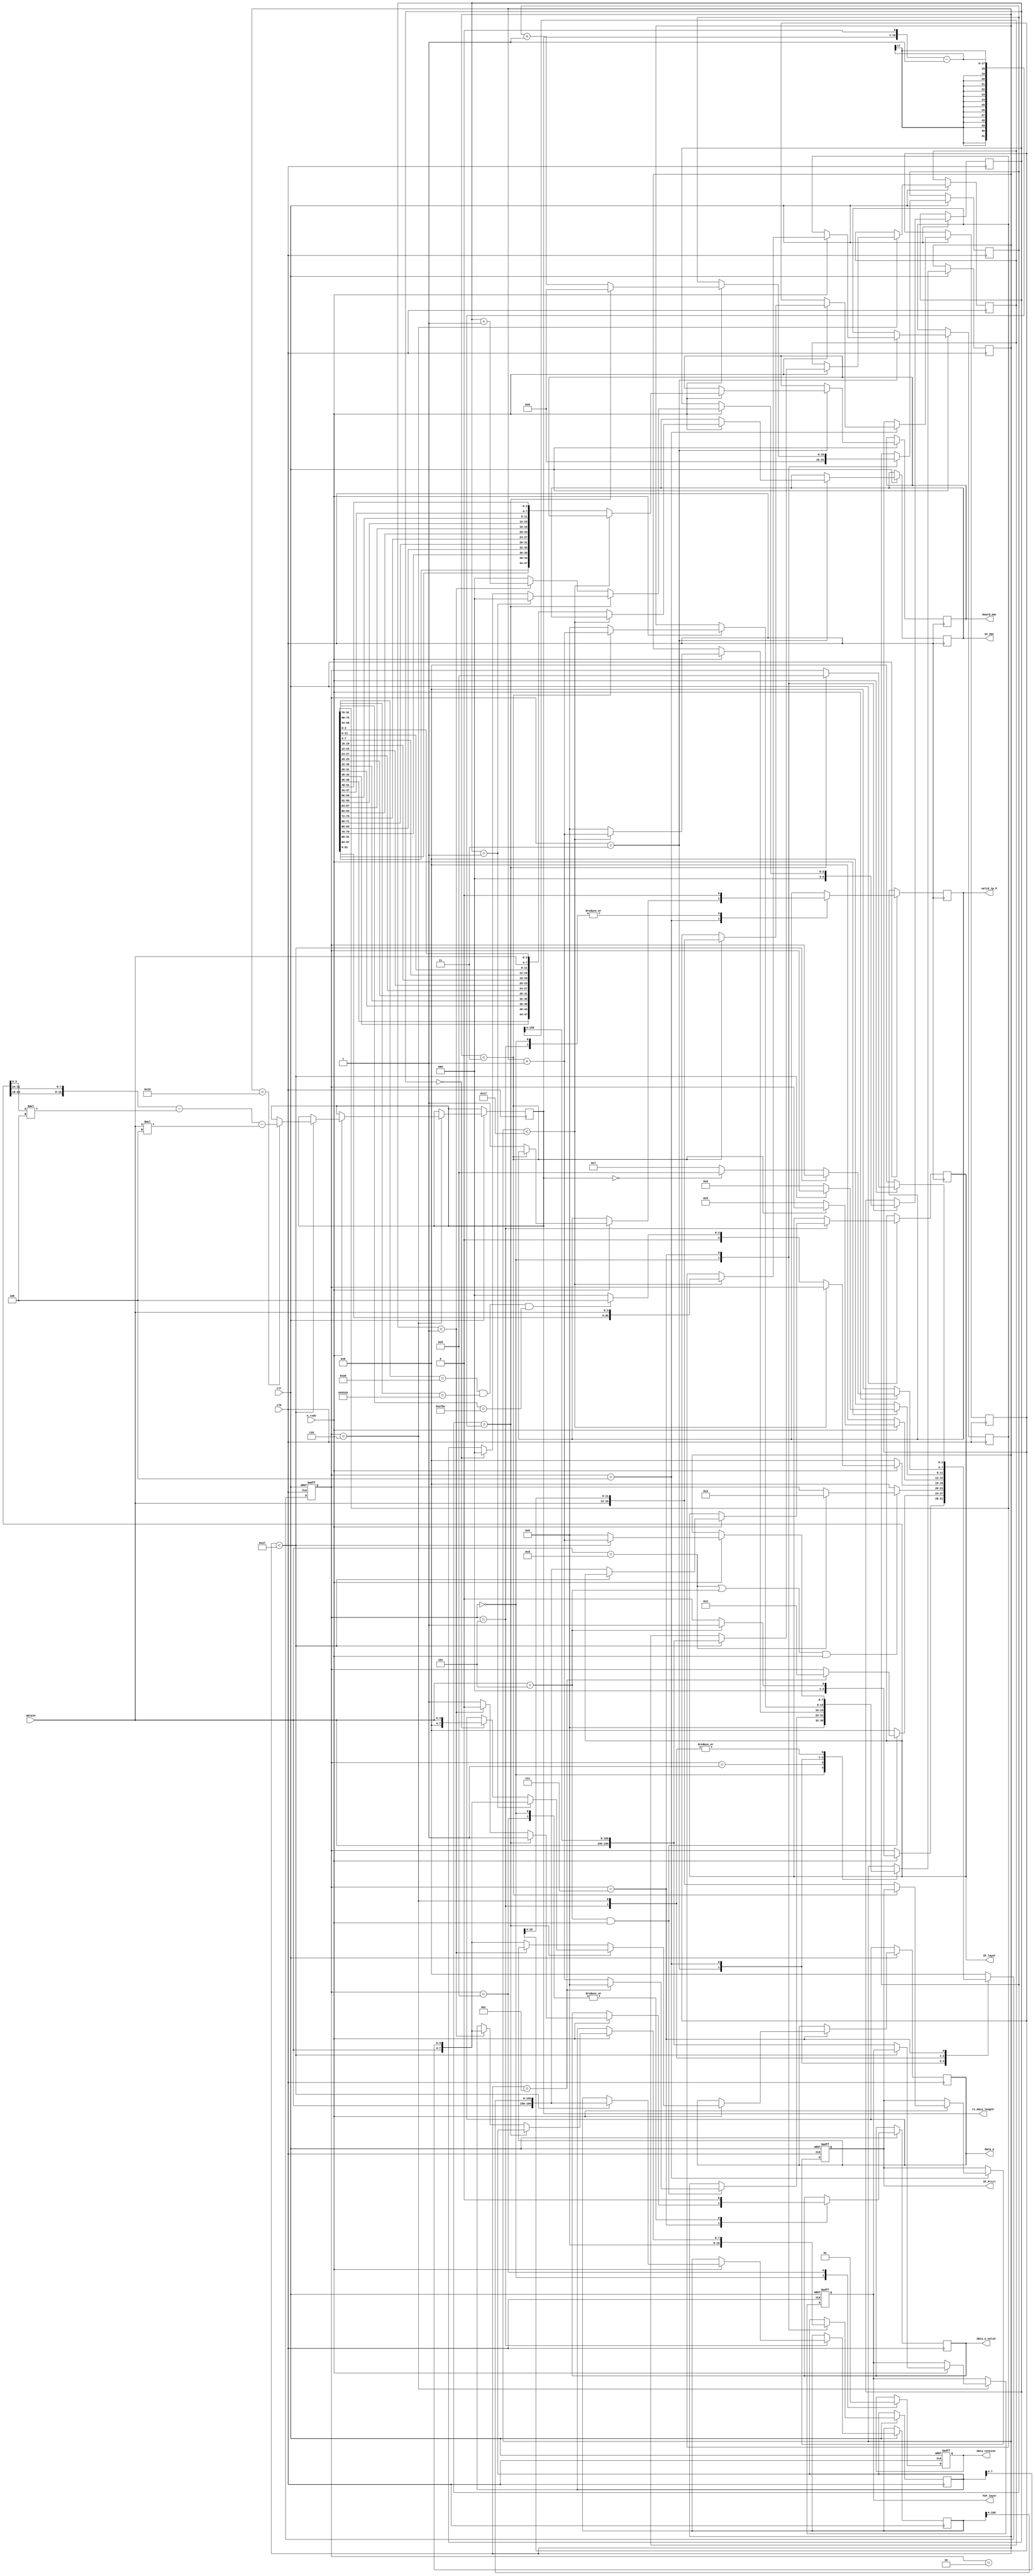
`timescale 1ns / 1ps
/****************************************/
//      GMII UDP//
/****************************************/
module iprecieve(
					 input               clk,                    //GMII
					 input      [  3:0]  datain,                  //GMII
					 input               e_rxdv,                 //GMII
					 input               clr,                    ///
					 output reg [ 47:0]  board_mac,               //MAC
					 output reg [ 47:0]  pc_mac,	               //PCMAC 
					 output reg [ 15:0]  IP_Prtcl,                //IP 
					 output reg          valid_ip_P,					 
					 output reg [159:0]  IP_layer,                //IP 
					 output reg [159:0]  TCP_layer,               //TCP	 

					 output reg [  7:0]  data_o,                  //UDP            
					 output reg          data_o_valid,            //UDP
					 output reg [ 15:0]  rx_data_length,          //UDP
					 //output reg [  8:0]  ram_wr_addr,             //ram
					 output reg          data_receive            //UDP
);
//
//
reg [  3:0]  rx_state;
reg [ 15:0] myIP_Prtcl;
reg [159:0] myIP_layer;
reg [159:0] myTCP_layer;
reg [  7:0] mydata; 
reg [  2:0] byte_counter;
reg [  7:0] state_counter;
reg [ 95:0] mymac;
reg [ 15:0] data_counter;
	 
parameter idle=4'd0,
          six_55=4'd1,
		  spd_d5=4'd2,
		  rx_mac=4'd3,
		  rx_IP_Protocol=4'd4,
		  rx_IP_layer=4'd5,
		  rx_TCP_layer=4'd6,
		  rx_data=4'd7,
		  rx_finish=4'd8;
	 
initial begin
	 rx_state<=idle;
	 data_receive<=1'b0;
end

//UDP	 	
always@(posedge clk or negedge clr)
	begin
	   if(!clr) begin
		    rx_state    <=idle;
			data_receive<=1'b0;
			IP_Prtcl    <= 0;
			TCP_layer   <= 0;
		end
		else
		case(rx_state)
		  idle: begin 
			valid_ip_P<=1'b0;
			byte_counter<=3'd0;
            data_counter<=16'd0;
		    mydata<=8'd0;
			state_counter<=8'd0;	
		    data_o_valid<=1'b0;           //RAM
		    data_receive<=1'b0;           //
		    if(e_rxdv==1'b1) begin        //
				if(datain==4'h5) begin    //5,13
					rx_state<=six_55;
				end
				else rx_state<=idle;
		    end
		  end		
		  six_55: begin                   //60x55//
			    if ((datain==4'h5)&&(e_rxdv==1'b1)) begin
                    if(state_counter==12) begin //5
					    state_counter<=0;       //
					    rx_state<=spd_d5;
                    end
					else state_counter<=state_counter+1'b1;
				end
				else rx_state<=idle;//
		  end
		  spd_d5: begin     //10xd5
			    if(((datain==4'hd)||(datain==4'h5))&&e_rxdv==1'b1)begin//5D
				    if(datain==4'hd) rx_state<=rx_mac;	
                end				  		
				else rx_state<=idle;
		  end	
		  rx_mac: begin                    //mac addressmac address 
				if(e_rxdv==1'b1)begin
					if(state_counter<8'd23)	begin
						mymac<={mymac[91:0],datain};
						state_counter<=state_counter+1'b1;
					end
				    else begin                      //4MAC  11
					    board_mac<={mymac[87:84],mymac[91:88],
						            mymac[79:76],mymac[83:80],
									mymac[71:68],mymac[75:72],
									mymac[63:60],mymac[67:64],
									mymac[55:52],mymac[59:56],
									mymac[47:44],mymac[51:48]};
					    pc_mac   <={
						            mymac[39:36],mymac[43:40],
									mymac[31:28],mymac[35:32],
									mymac[23:20],mymac[27:24],
									mymac[15:12],mymac[19:16],
									mymac[ 7: 4],mymac[11: 8],
									datain      ,mymac[ 3:0]};
					    state_counter<=8'd0;
						if((mymac[91:76]==16'h00a0)&&(mymac[75:60]==16'h5310)&&(mymac[59:44]==16'hef0c))begin   //MAC AddressFPGA
						   rx_state<=rx_IP_Protocol;
                        end						   
						else
						   rx_state<=idle;
				   end
				end
				else
				   rx_state<=idle;				
		  end
		  rx_IP_Protocol: begin          //2IP TYPE
			    if(e_rxdv==1'b1) begin
					if(state_counter<8'd3) begin
						myIP_Prtcl<={datain,myIP_Prtcl[15:4]};
						state_counter<=state_counter+1'b1;
					end
					else begin
						IP_Prtcl<={datain,myIP_Prtcl[15:4]};
						valid_ip_P<=1'b1;
                        state_counter<=8'd0;
						rx_state<=rx_IP_layer;
					end
				end
			    else 
				    rx_state<=idle;
		  end		  
		  rx_IP_layer: begin               //20IP,ip address
				valid_ip_P<=1'b0;           //
				if(e_rxdv==1'b1) begin
					if(state_counter<8'd39)	begin  //4*5*2-1
						myIP_layer<={datain,myIP_layer[159:4]};// 
						state_counter<=state_counter+1'b1;
					end
					else begin
						IP_layer  <={datain,myIP_layer[159:4]};//
						state_counter<=8'd0;
						rx_state<=rx_TCP_layer;
					end
				end
				else 
				   rx_state<=idle;
			end 					
		  rx_TCP_layer: begin                //20TCPTCP	
                //IP		  
		        //rx_data_length  <={IP_layer[23:16],IP_layer[31:24]}-40;//IP
				//-----------------------
				if(e_rxdv==1'b1) begin
					if(state_counter<8'd39)	begin
						myTCP_layer<={datain,myTCP_layer[159:4]};
						state_counter<=state_counter+1'b1;
						if(state_counter==25)begin
							rx_data_length  <={IP_layer[23:16],IP_layer[31:24]}
				                            -IP_layer[3:0]*4     //IP
								            -datain  [3:0]*4;    //TCP
						end
					end
					else begin
						TCP_layer  <={datain,myTCP_layer[159:4]};
						state_counter<=8'd0;
						if(rx_data_length==0)rx_state<=rx_finish;//
						else rx_state<=rx_data;
					end
				end
				else 
				   rx_state<=idle;
			end  
  		  rx_data: begin             //TCP 
				if(e_rxdv==1'b1) begin
				   if (data_counter == (rx_data_length<<1)-1) begin //,UDP8UDP
						data_counter<=0;
						rx_state<=rx_finish;	
						data_o_valid<=1'b1;							//RAM 		
						if(byte_counter==3'd1) begin
							  data_o<={datain[3:0],mydata[7:4]};     //32bit,0
							  byte_counter<=0;
						end
						else if(byte_counter==3'd0) begin
							  data_o<={4'h0,datain[3:0]};              //32bit,0
							  byte_counter<=0;
						end
					end
					else begin
						data_counter<=data_counter+1'b1;
						if(byte_counter<3'd1)	begin      
							mydata<={datain,mydata[7:4]};
							byte_counter<=byte_counter+1'b1;
							data_o_valid<=1'b0;            //32bit
						end
						else begin                          //32bit
						    byte_counter<=3'd0;
							data_o_valid<=1'b1;            //4byes,ram		
							data_o<={datain,mydata[7:4]};									
				        end	
			        end							 
		        end
				else rx_state<=idle;
		  end 
		  rx_finish: begin
   			    data_o_valid<=1'b0;      //       
			    data_receive<=1'b1;      //
                rx_state<=idle;
          end		
		  default:rx_state<=idle;    
		endcase
		end
endmodule